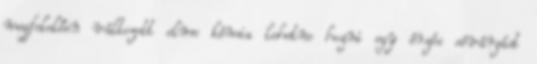
megfelelően változott elme kémia lehetne hozni egy érzés sóvárgást